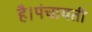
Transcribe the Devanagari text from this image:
है।पंचायती